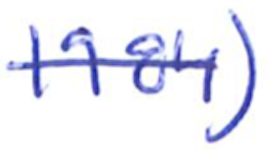
Text: 1984)
Cross-out: single-line
Writing tool: ballpoint